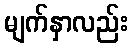
မျက်နှာလည်း